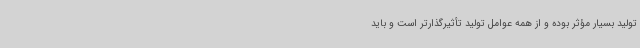
تولید بسیار مؤثر بوده و از همه عوامل تولید تأثیرگذارتر است و باید